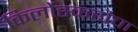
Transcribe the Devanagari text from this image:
किर्लोस्करांचा